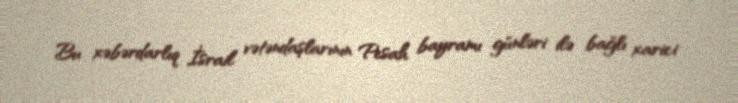
Bu xəbərdarlıq İsrail vətəndaşlarının Pesah bayramı günləri ilə bağlı xarici